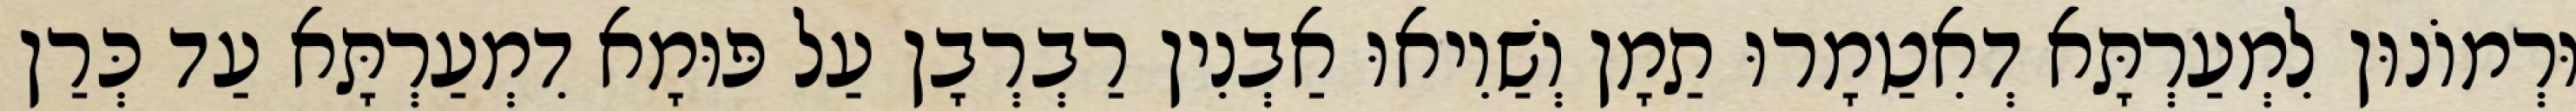
וּרְמוֹנוּן לִמְעַרְתָּא דְאִטַמָרוּ תַמָן וְשַׁוִיאוּ אַבְנִין רַבְרְבָן עַל פּוּמָא דִמְעַרְתָּא עַד כְּרַן